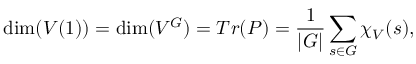
\dim ( V ( 1 ) ) = \dim ( V ^ { G } ) = T r ( P ) = { \frac { 1 } { | G | } } \sum _ { s \in G } \chi _ { V } ( s ) ,